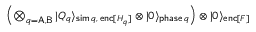
\begin{array} { r } { \left( \bigotimes _ { q = \mathsf { A , B } } | Q _ { q } \rangle _ { \mathsf { s i m } \, q , \, \mathsf { e n c } [ H _ { q } ] } \otimes | \boldsymbol { 0 } \rangle _ { \mathsf { p h a s e } \, q } \right) \otimes | \boldsymbol { 0 } \rangle _ { \mathsf { e n c } [ F ] } } \end{array}